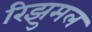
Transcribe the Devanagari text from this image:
रिझुमल